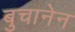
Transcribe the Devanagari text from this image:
बुचानेन